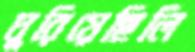
ঘুরিয়েছিলি